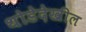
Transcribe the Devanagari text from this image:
थोडेदेखील